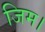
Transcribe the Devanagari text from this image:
जिम।